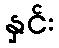
နှင်း